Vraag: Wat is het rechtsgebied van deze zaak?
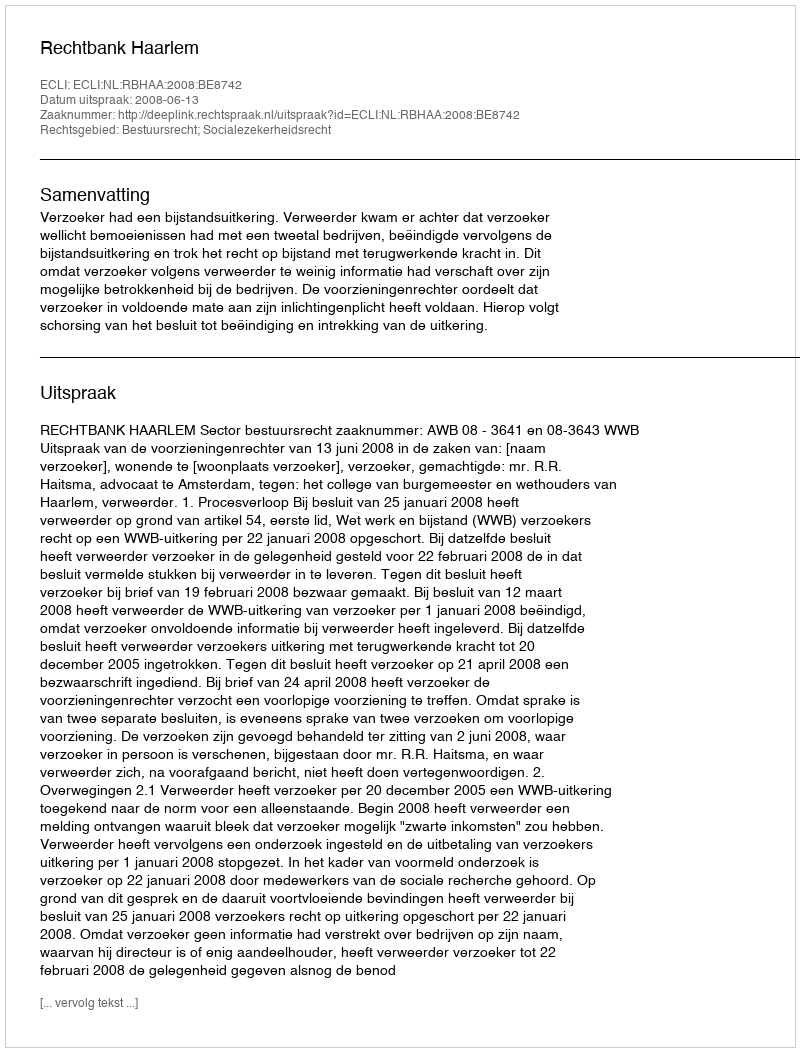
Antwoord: Bestuursrecht; Socialezekerheidsrecht